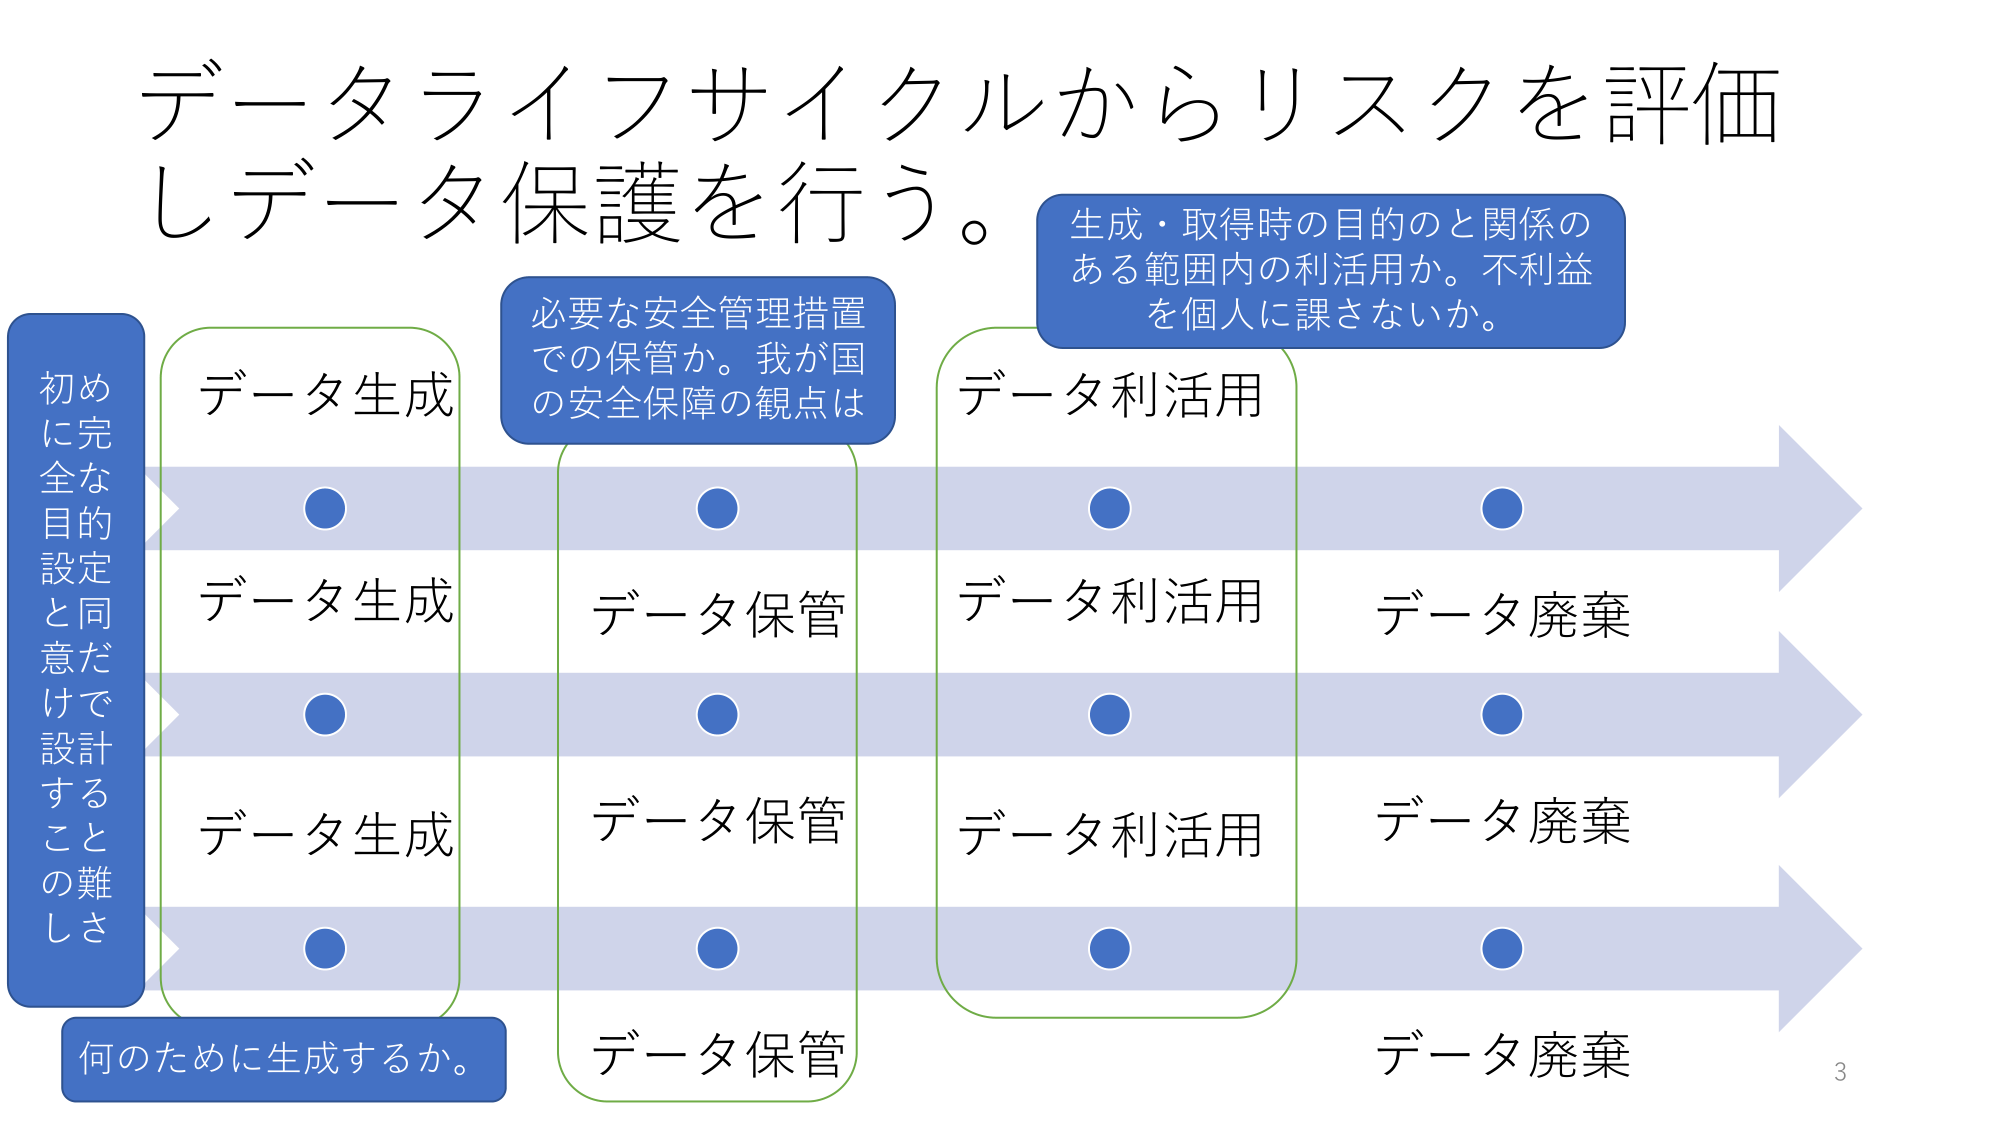
データライフサイクルからリスクを評価
しデータ保護を行う。

生成・取得時の目的のと関係の
ある範囲内の利活用か。不利益
を個人に課さないか。

必要な安全管理措置
での保管か。我が国
の安全保障の観点は

データ生成
データ生成
データ生成

データ保管
データ保管
データ保管

データ利活用
データ利活用
データ利活用

データ廃棄
データ廃棄
データ廃棄

初め
に完全な
目的的
設定と同
意だけで
設計す
ることの
難しさ

何のために生成するか。

3